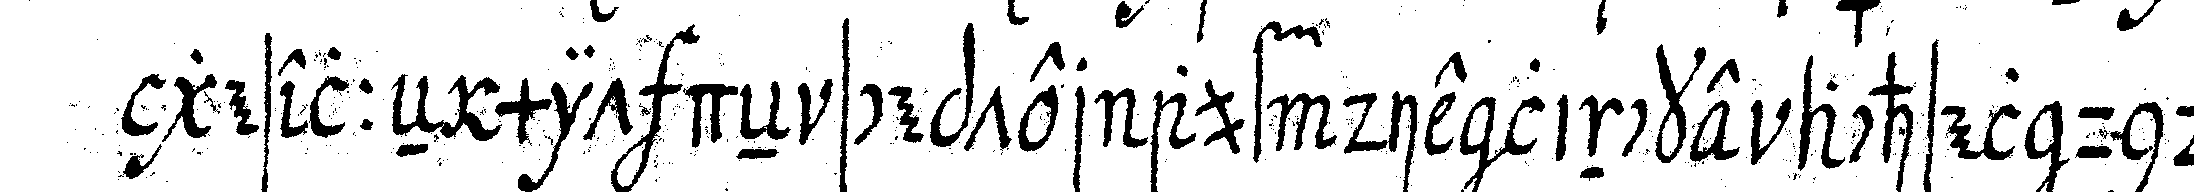
geselleN mit deN scepter auf die lincke achsel und